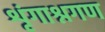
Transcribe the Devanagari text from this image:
शृंगाश्नगण